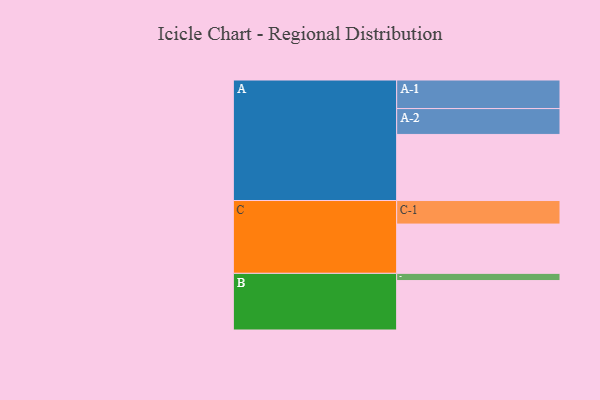
{"axis": {"x": "Segment", "y": "Value"}, "legend": ["", "A", "B", "C"], "data": [{"x": "A", "y": 539, "type": ""}, {"x": "B", "y": 403, "type": ""}, {"x": "C", "y": 402, "type": ""}, {"x": "A-1", "y": 233, "type": "A"}, {"x": "A-2", "y": 211, "type": "A"}, {"x": "B-1", "y": 59, "type": "B"}, {"x": "C-1", "y": 192, "type": "C"}]}